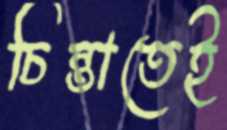
চিন্তাতেই